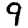
Digit: 9